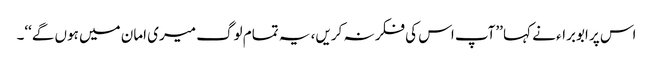
اس پر ابوبراء نے کہا ’’آپ اس کی فکر نہ کریں، یہ تمام لوگ میری امان میں ہوں گے‘‘۔